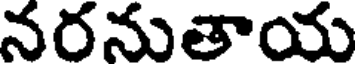
నరనుతాయ